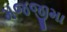
મજજીમા